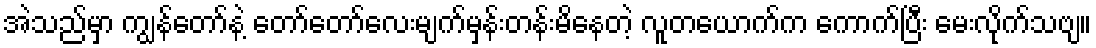
အဲသည်မှာ ကျွန်တော်နဲ့ တော်တော်လေးမျက်မှန်းတန်းမိနေတဲ့ လူတယောက်က ကောက်ပြီး မေးလိုက်သဗျ။